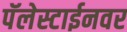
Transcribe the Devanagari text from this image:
पॅलेस्टाईनवर